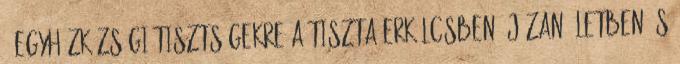
1 Egyházközségi tisztségekre a tiszta erkölcsben, józan életben és